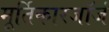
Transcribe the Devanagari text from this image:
मूर्तिकारजॉर्ज